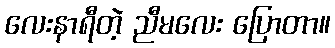
လေးနာရီတဲ့ ညီမလေး ပြောတာ။